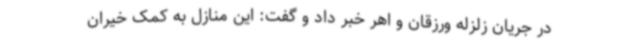
در جریان زلزله ورزقان و اهر خبر داد و گفت: این منازل به کمک خیران